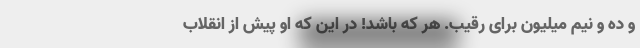
و ده و نیم میلیون برای رقیب. هر که باشد! در این که او پیش از انقلاب